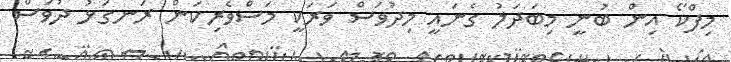
މިފްކޯ އިން ބުނީ މިބަދަލު ގެނައީ މިދުވަސް ވަރަކީ މަސްވެރިކަން ރަނގަޅު ދުވަސް